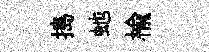
搗虵楡